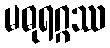
မဓုရဂ္ဂဿ